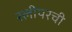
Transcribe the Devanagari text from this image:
स्लीपरची